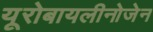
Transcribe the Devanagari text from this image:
यूरोबायलीनोजेन